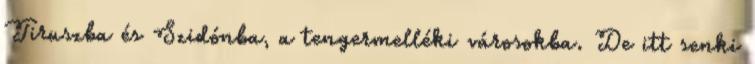
Tiruszba és Szidónba, a tengermelléki városokba. De itt senki